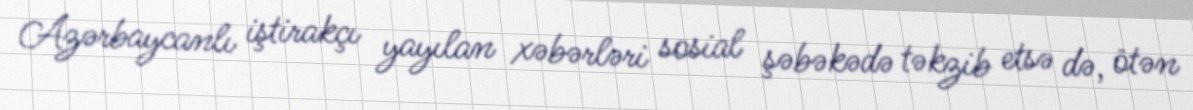
Azərbaycanlı iştirakçı yayılan xəbərləri sosial şəbəkədə təkzib etsə də, ötən